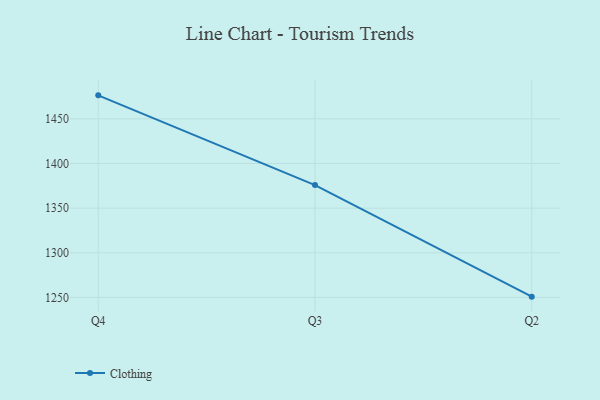
{"axis": {"x": "Quarter", "y": "Website Visitors"}, "legend": ["Clothing"], "data": [{"x": "Q4", "y": 1476.3, "type": "Clothing"}, {"x": "Q3", "y": 1375.8, "type": "Clothing"}, {"x": "Q2", "y": 1250.9, "type": "Clothing"}]}